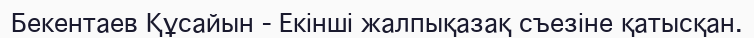
Бекентаев Құсайын - Екінші жалпықазақ съезіне қатысқан.